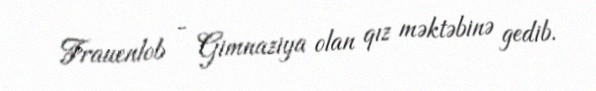
Frauenlob - Gimnaziya olan qız məktəbinə gedib.